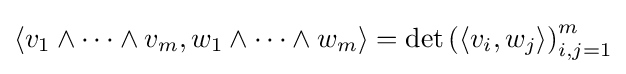
\langle v_{1}\wedge \cdots \wedge v_{m},w_{1}\wedge \cdots \wedge w_{m}\rangle =\det \left(\langle v_{i},w_{j}\rangle \right)_{i,j=1}^{m}